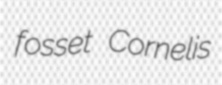
fosset Cornelis